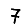
Digit: 7